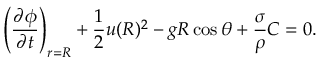
\left( \frac { \partial \phi } { \partial t } \right) _ { r = R } + \frac { 1 } { 2 } u ( R ) ^ { 2 } - g R \cos \theta + \frac { \sigma } { \rho } C = 0 .